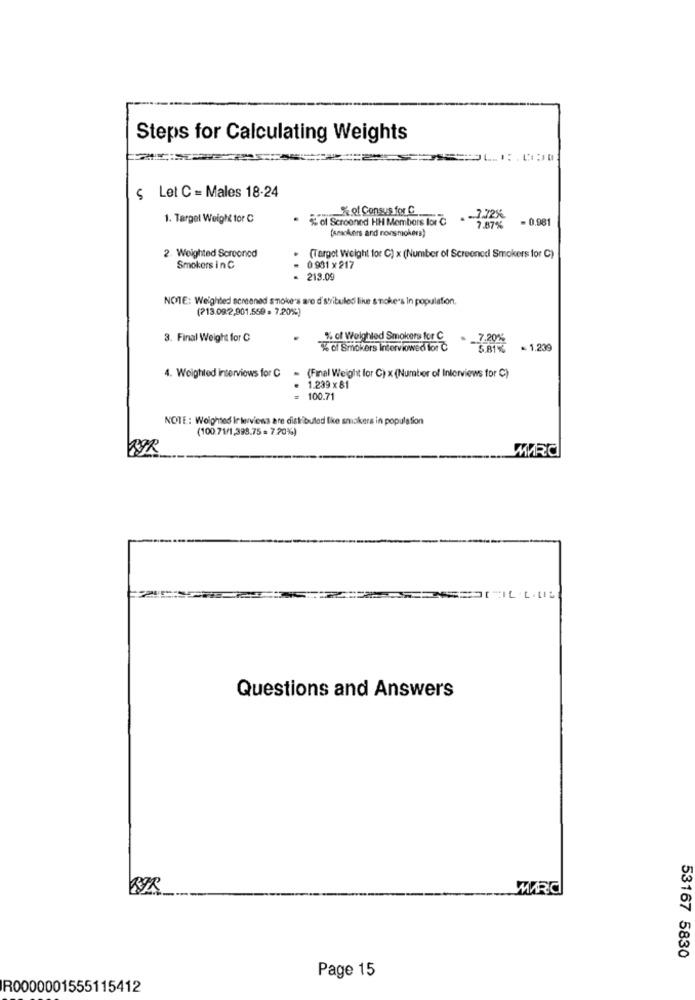
Steps for Calculating Weights
§ Let C = Males 18-24
1. Target Weight tor C
. of Scrooned HH Members lar C . - 7.7256
% of Census for C
- 0.981
(smaokers and nonsmokers)
7.87%
2. Weighted Sorooned
(Target Weight for C) x (Number of Screened Smokers for C)
Smokers in C
0 931 x 217
- 213.09
NOTE: Weighted screened smoke's are d'stribuledi like smoke's In population.
(213.092,901.559 . 7.20%)
3. Final Weight for C
% of Weighled Smokers for C
7.20%
% of Smokers Interviowed for C
5.81%
. 1.239
4. Weighted interviews for C = (Final Weight for C) x (Number of Interviews for C)
1.239 × 81
= 100.71
NOTE: Woighted Ir lerviens are distributed tie smakers in population
(100.71/1,395.75 = 7.20%)
MARC
Questions and Answers
MARC
53167 5830
Page 15
R0000001555115412